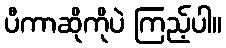
ပီကာဆိုကိုပဲ ကြည့်ပါ။